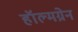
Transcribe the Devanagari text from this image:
हॉल्मग्रेन